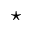
\star